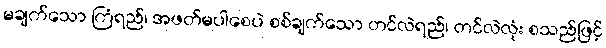
မချက်သော ကြံရည်၊ အဖတ်မပါစေပဲ စစ်ချက်သော တင်လဲရည်၊ တင်လဲလုံး စသည်ဖြင့်